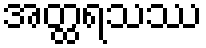
အတ္ထရသဿ